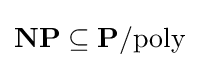
{\textbf {NP}}\subseteq {\textbf {P}}/{\text{poly}}